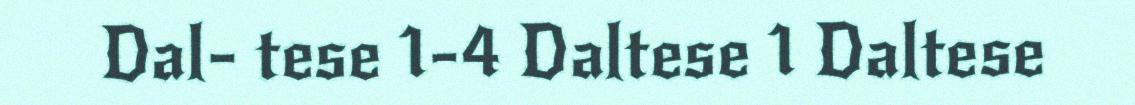
Dal- tese 1-4 Daltese 1 Daltese